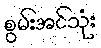
စွမ်းအင်သုံး